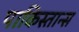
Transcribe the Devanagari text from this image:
पाकिस्तान्स